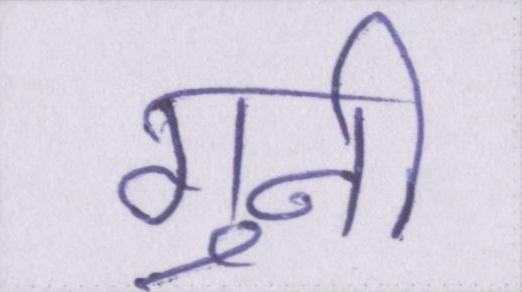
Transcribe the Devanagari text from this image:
गुनी